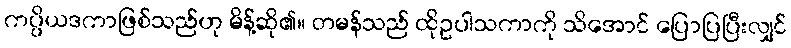
ကပ္ပိယဒကာဖြစ်သည်ဟု မိန့်ဆို၏။ တမန်သည် ထိုဥပါသကာကို သိအောင် ပြောပြပြီးလျှင်